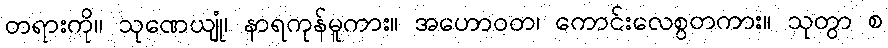
တရားကို။ သုဏေယျုံ၊ နာရကုန်မူကား။ အဟောဝတ၊ ကောင်းလေစွတကား။ သုတွာ စ